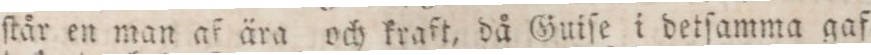
ſtår en man af ära och kraft, då Guiſe i detſamma gaf